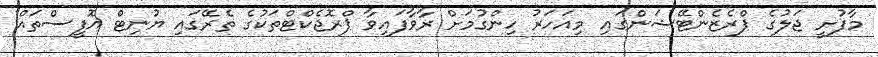
މާފުށީ ޖަލުގެ ޕްރެޒެންޓޭޝަންގައި މިއަހަރު ހިންގުމަށް ރާވާފައިވާ ޕްރޮޖެކްޓްތަކުގެ ތެރޭގައި ޔުނިޓް އޮފީސްތައް